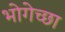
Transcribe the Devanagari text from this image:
भोगेच्छा